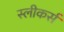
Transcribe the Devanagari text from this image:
स्लीकर्स